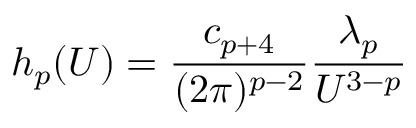
h _ { p } ( U ) = { \frac { c _ { p + 4 } } { ( 2 \pi ) ^ { p - 2 } } } { \frac { \lambda _ { p } } { U ^ { 3 - p } } }